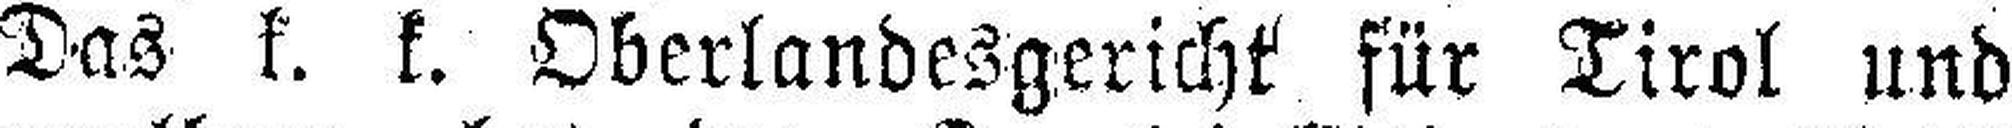
Das k. k. Oberlandesgericht für Tirol und